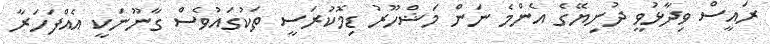
ރައީސް ވިދާޅުވީ ދުނިޔޭގެ އެންމެ ނަން މަޝްހޫރު ޑިމޮކުރަސީ ތަކުގައުވެސް ގާނޫނަކީ އެއްފަހަރާ